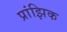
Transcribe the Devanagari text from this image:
प्रांझिक